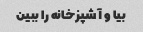
بیا و آشپزخانه را ببین